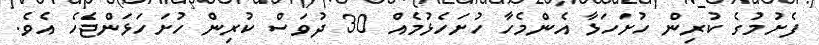
ފެށުމުގެ ކުރިން ހުށަހަޅާ އެންމެހާ ހުށަހެޅުމެއް 30 ދުވަސް ކުރިން ހުށަހަޅަންޖެހެ އެވެ.